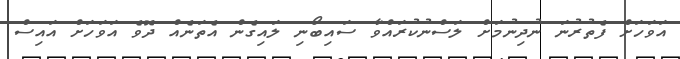
އަވަހަށް ފެތުރުނަ ނުދިނުމަށް ލަސްނުކުރައްވާ ސައިބޯނި ލައިގެން އެތަނެއް ދޮވެ އަވަހަށް އައިސް